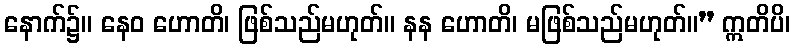
နောက်၌။ နေဝ ဟောတိ၊ ဖြစ်သည်မဟုတ်။ နန ဟောတိ၊ မဖြစ်သည်မဟုတ်။” ဣတိပိ၊